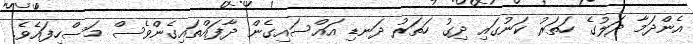
އެންދަމާ ދަލުގެ ހަތަރު ކަނުގައި ދިގު ހަތަރު ދަނޑި އައްސައިގެން ދާފައްތައިގެންވެސް މަސްހިފައެވެ.